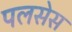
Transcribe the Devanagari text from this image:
पलसेस